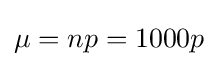
\mu =np=1000p